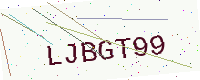
Text: LJBGT99